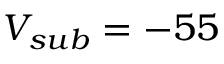
V _ { s u b } = - 5 5